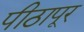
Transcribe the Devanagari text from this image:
पीठापूर